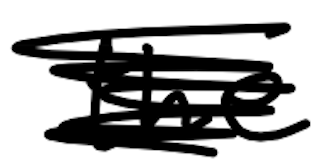
Text: the
Cross-out: scratch
Writing tool: digital_black